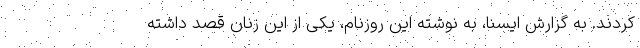
کردند. به گزارش ایسنا، به نوشته این روزنام، یکی از این زنان قصد داشته